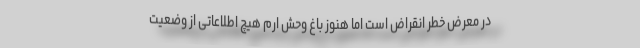
در معرض خطر انقراض است اما هنوز باغ وحش ارم هیچ اطلاعاتی از وضعیت